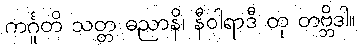
ကင်္ဂူတိ သတ္တ ဓညာနိ၊ နီဝါရာဒီ တု တဗ္ဘိဒါ။